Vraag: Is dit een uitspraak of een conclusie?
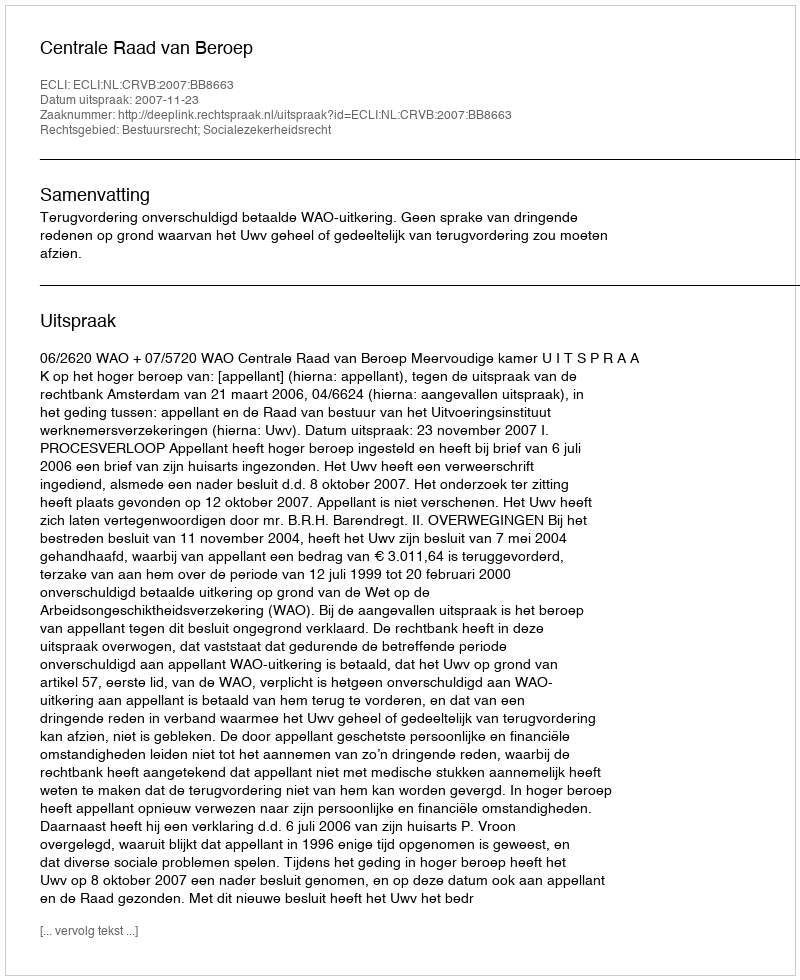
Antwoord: Uitspraak